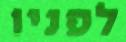
לפניו